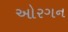
ઓરગન